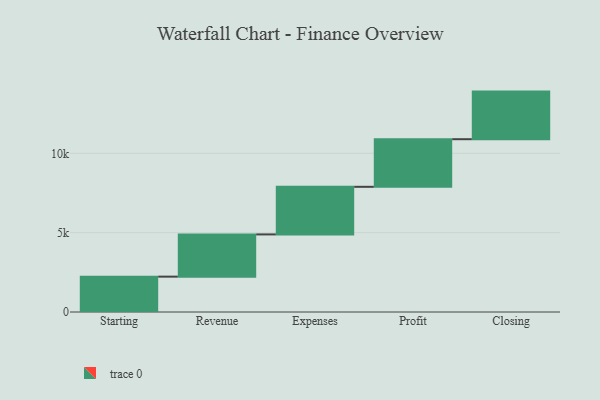
{"axis": {"x": "Step", "y": "Value"}, "legend": [""], "data": [{"x": "Starting", "y": 2228.0, "type": ""}, {"x": "Revenue", "y": 2662.0, "type": ""}, {"x": "Expenses", "y": 3000, "type": ""}, {"x": "Profit", "y": 3000, "type": ""}, {"x": "Closing", "y": 3000, "type": ""}]}